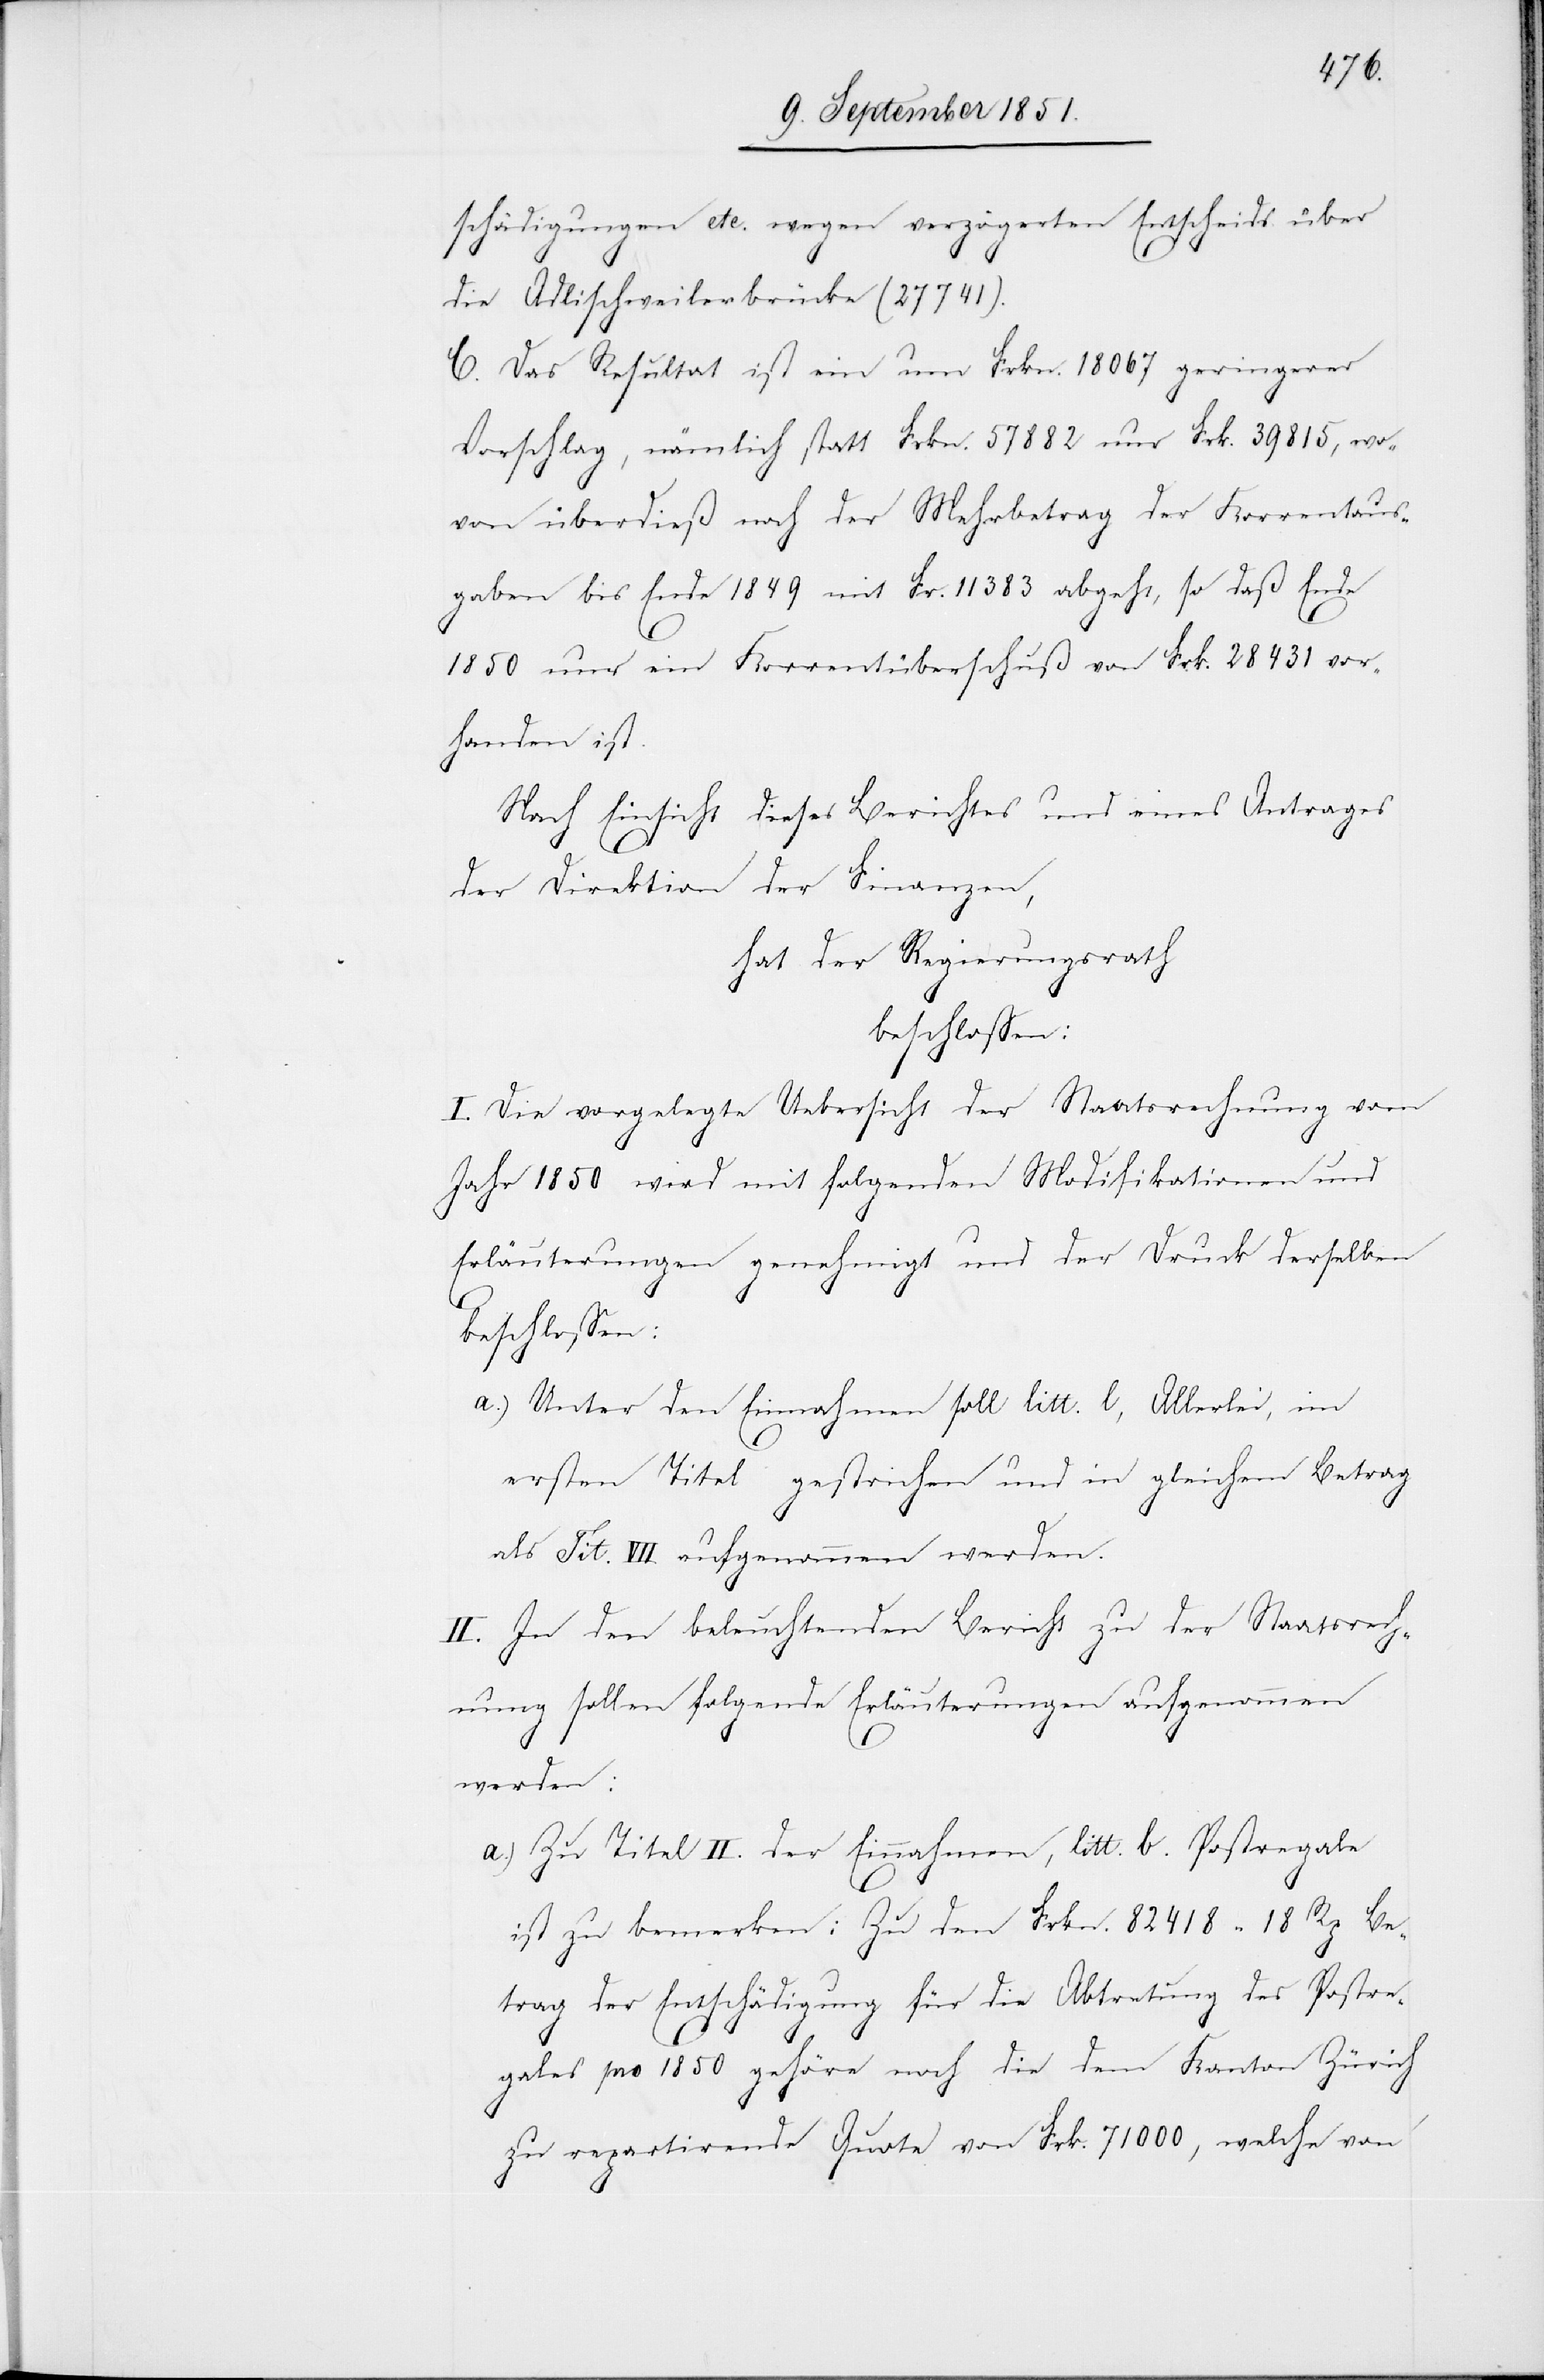
schädigungen etc. wegen verzögerten Entscheids über
die Adlischweilerbrücke (27741).
C. Das Resultat ist ein um Frkn. 18 067 geringerer
Vorschlag, nämlich statt Frkn. 57 882 nur Frk. 39 815, wo¬
von überdieß noch der Mehrbetrag der Korrentaus¬
gaben bis Ende 1849 mit Fr. 11 383 abgeht, so daß Ende
1850 nur ein Korrentüberschuß von Frk. 28 431 vor¬
handen ist.
Nach Einsicht dieses Berichtes und eines Antrages
der Direktion der Finanzen,
hat der Regierungsrath
beschlossen:
I. Die vorgelegte Uebersicht der Staatsrechnung vom
Jahr 1850 wird mit folgenden Modifikationen und
Erläuterungen genehmigt und der Druck derselben
beschlossen:
Unter den Einnahmen soll litt. l, Allerlei, im
ersten Titel gestrichen und in gleichem Betrag
als Tit. VII. aufgenommen werden.
II. In den beleuchtenden Bericht zu der Staatsrech¬
nung sollen folgende Erläuterungen aufgenommen
werden:
Zu Titel II. der Einnahmen, litt. b. Postregale
ist zu bemerken: Zu den Frkn. 82 418 18 Rp. Be¬
trag der Entschädigung für die Abtretung des Postre¬
gales pro 1850 gehöre noch die dem Kanton Zürich
zu repartirende Quote von Frk. 71 000, welche von